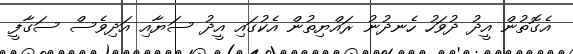
އެގޮތުން އީދު ދުވަހު ހެނދުނު ރައްޔިތުން އެކުގައި އީދު ސަޔާއި އަދިވެސް ސަގާފީ